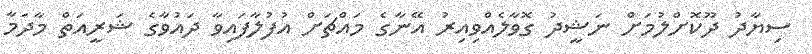
ސިޔާދު ދޫކޮށްލުމަށް ނަޝީދު ގޮވާލެއްވިއިރު އޭނާގެ މައްޗަށް އުފުލާފައިވާ ދައުވާގެ ޝަރީއަތް މާދަމާ